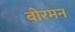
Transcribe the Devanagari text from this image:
बोरमन